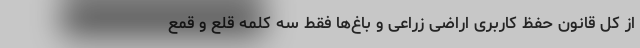
از کل قانون حفظ کاربری اراضی زراعی و باغ‌ها فقط سه کلمه قلع و قمع